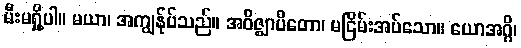
မီးမရှို့ပါ။ မယာ၊ အကျွန်ုပ်သည်။ အဝိဇ္ဈာပိတော၊ မငြိမ်းအပ်သော။ ယောအဂ္ဂိ၊